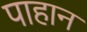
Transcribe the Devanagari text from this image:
पाहान